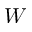
\boldsymbol { W }